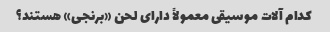
کدام آلات موسیقی معمولاً دارای لحن «برنجی» هستند؟